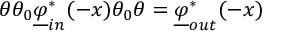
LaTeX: \theta \theta _ { 0 } \underline { { \varphi } } _ { i n } ^ { * } ( - x ) \theta _ { 0 } \theta = \underline { { \varphi } } _ { o u t } ^ { * } ( - x )